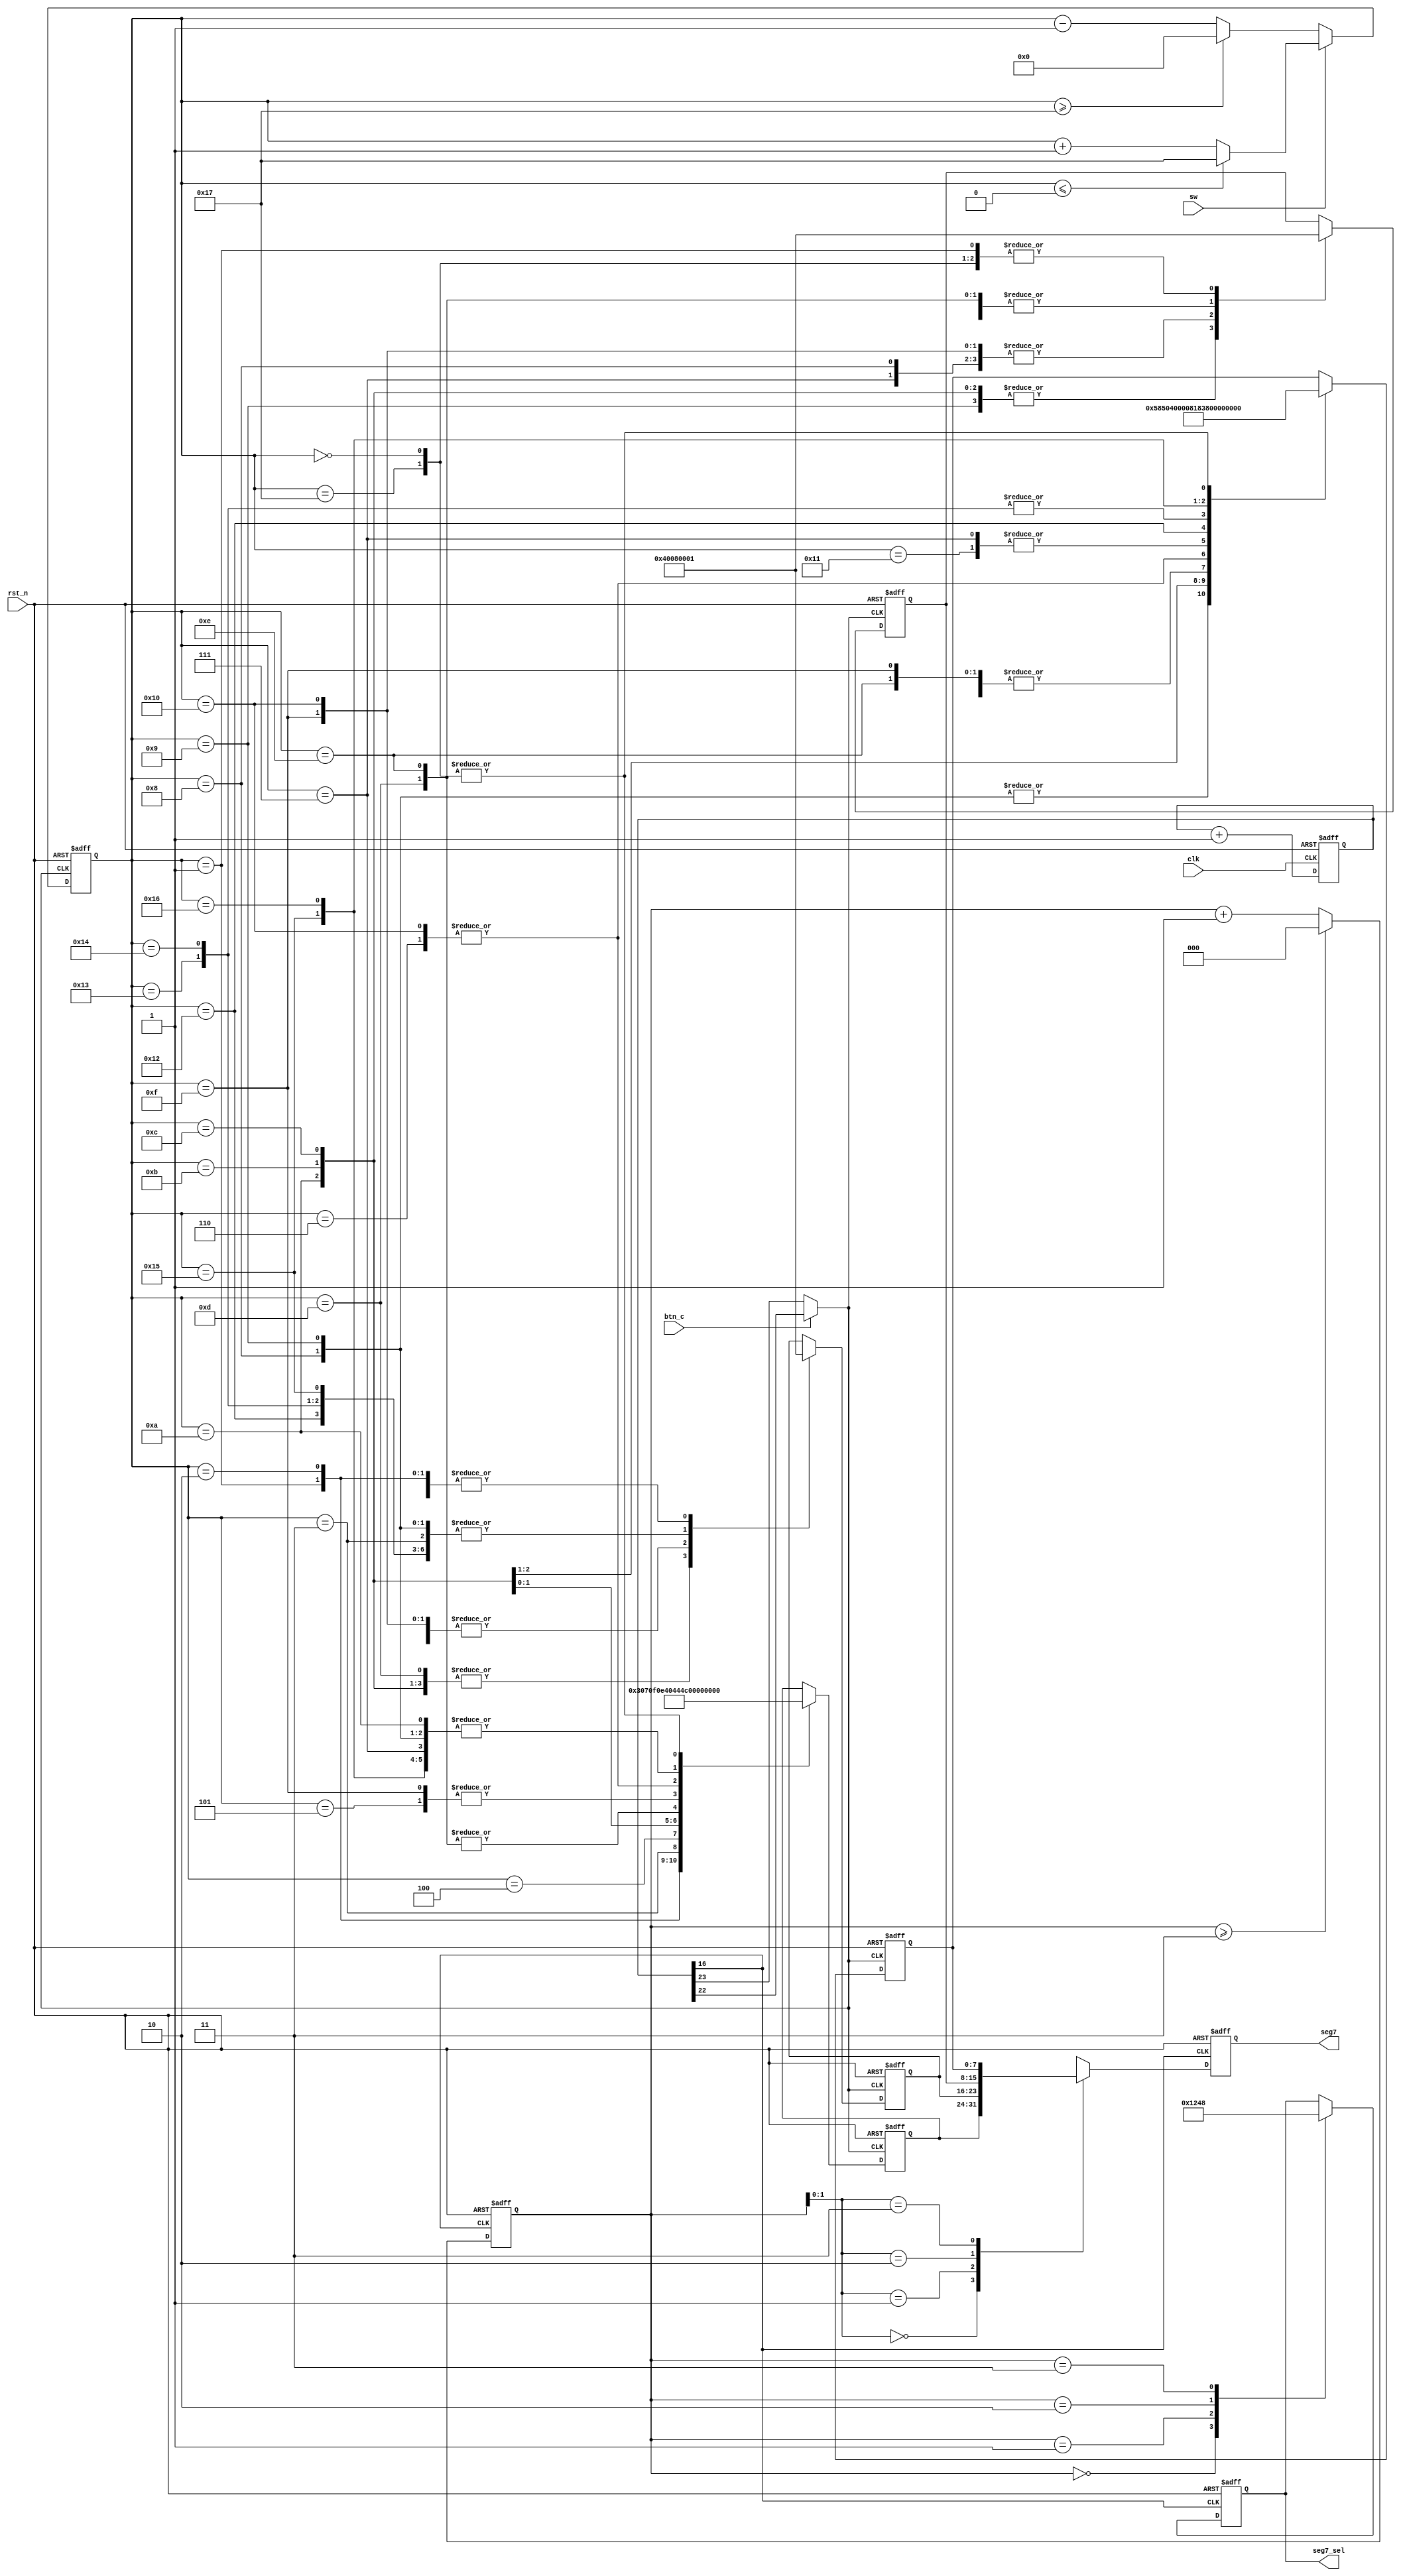
module snake(
    input clk,
    input rst_n,
    input sw,
    input btn_c,
    output [3:0] seg7_sel,
    output [7:0] seg7
);


reg [3:0] seg7_sel;
reg [7:0] seg7;
reg [7:0] seg7_temp [0:3];
reg [24:0] count;
reg [4:0] seg7_count; 
reg [2:0] s_count; 

wire d_clk;   
wire s_clk; 
	
always@(posedge clk or negedge rst_n) 
begin
	if(!rst_n)
		count <= 0;
	else
		count <= count + 1;
end
	
assign d_clk = btn_c ? count[22] :count[23];
assign s_clk = count[16];
	
always@(posedge d_clk or negedge rst_n) 
begin
	if(!rst_n)
	    seg7_count <= 0;
	else 
		begin
		    if(!sw) 
				begin 
					if(seg7_count >= 23)
						seg7_count <= 0;
					else
						seg7_count <=  seg7_count - 1;
				end
			else 
				begin 
					if(seg7_count <= 0)
						seg7_count <= 23;
					else
						seg7_count <=  seg7_count + 1;
				end
		end
end
	
always@(posedge d_clk or negedge rst_n) 
begin
    if(!rst_n) 
		begin
			seg7_temp[0] <= 8'b0000_0001;
			seg7_temp[1] <= 8'b0000_0001;
			seg7_temp[2] <= 8'b0000_0001;
			seg7_temp[3] <= 8'b0000_0001;
		end
	else 
		begin
		    case(seg7_count)
				0:
					begin 
						seg7_temp[3]=8'b0000_0001;
						seg7_temp[2]=8'b0000_0001;
						seg7_temp[1]=8'b0000_0001;
						seg7_temp[0]=8'b0000_0001;
					end
				1:
					begin 
						seg7_temp[3]=8'b0000_0000;
						seg7_temp[2]=8'b0000_0001;
						seg7_temp[1]=8'b0000_0001;
						seg7_temp[0]=8'b0000_0011;
					end
				2:
					begin 
						seg7_temp[3]=8'b0000_0000;
						seg7_temp[2]=8'b0000_0000;
						seg7_temp[1]=8'b0000_0001;
						seg7_temp[0]=8'b0000_0111;
					end
				3:
					begin 
						seg7_temp[3]=8'b0000_0000;
						seg7_temp[2]=8'b0000_0000;
						seg7_temp[1]=8'b0000_0000;
						seg7_temp[0]=8'b0000_1111;
					end
				4:
					begin 
						seg7_temp[3]=8'b0000_0000;
						seg7_temp[2]=8'b0000_0000;
						seg7_temp[1]=8'b0000_1000;
						seg7_temp[0]=8'b0000_1110;
					end
				5:
					begin 
						seg7_temp[3]=8'b0000_0000;
						seg7_temp[2]=8'b0000_1000;
						seg7_temp[1]=8'b0000_1000;
						seg7_temp[0]=8'b0000_1100;
					end
				6:
					begin 
						seg7_temp[3]=8'b0000_1000;
						seg7_temp[2]=8'b0000_1000;
						seg7_temp[1]=8'b0000_1000;
						seg7_temp[0]=8'b0000_1000;
					end
				7:
					begin 
						seg7_temp[3]=8'b0001_1000;
						seg7_temp[2]=8'b0000_1000;
						seg7_temp[1]=8'b0000_1000;
						seg7_temp[0]=8'b0000_0000;
					end
				8:
					begin 
						seg7_temp[3]=8'b0101_1000;
						seg7_temp[2]=8'b0000_1000;
						seg7_temp[1]=8'b0000_0000;
						seg7_temp[0]=8'b0000_0000;
					end
				9:
					begin 
						seg7_temp[3]=8'b0101_1000;
						seg7_temp[2]=8'b0100_0000;
						seg7_temp[1]=8'b0000_0000;
						seg7_temp[0]=8'b0000_0000;
					end
				10:
					begin 
						seg7_temp[3]=8'b0101_0000;
						seg7_temp[2]=8'b0100_0000;
						seg7_temp[1]=8'b0100_0000;
						seg7_temp[0]=8'b0000_0000;
					end
				11:
					begin 
						seg7_temp[3]=8'b0100_0000;
						seg7_temp[2]=8'b0100_0000;
						seg7_temp[1]=8'b0100_0000;
						seg7_temp[0]=8'b0100_0000;
					end
				12:
					begin 
						seg7_temp[3]=8'b0000_0000;
						seg7_temp[2]=8'b0100_0000;
						seg7_temp[1]=8'b0100_0000;
						seg7_temp[0]=8'b0100_0100;
					end
				13:
					begin 
						seg7_temp[3]=8'b0000_0000;
						seg7_temp[2]=8'b0000_0000;
						seg7_temp[1]=8'b0100_0000;
						seg7_temp[0]=8'b0100_1100;
					end
				14:
					begin 
						seg7_temp[3]=8'b0000_0000;
						seg7_temp[2]=8'b0000_0000;
						seg7_temp[1]=8'b0000_1000;
						seg7_temp[0]=8'b0100_1100;
					end
				15:
					begin 
						seg7_temp[3]=8'b0000_0000;
						seg7_temp[2]=8'b0000_1000;
						seg7_temp[1]=8'b0000_1000;
						seg7_temp[0]=8'b0000_1100;
					end
				16:
					begin 
						seg7_temp[3]=8'b0000_1000;
						seg7_temp[2]=8'b0000_1000;
						seg7_temp[1]=8'b0000_1000;
						seg7_temp[0]=8'b0000_1000;
					end
				17:
					begin 
						seg7_temp[3]=8'b0001_1000;
						seg7_temp[2]=8'b0000_1000;
						seg7_temp[1]=8'b0000_1000;
						seg7_temp[0]=8'b0000_0000;
					end
				18:
					begin 
						seg7_temp[3]=8'b0011_1000;
						seg7_temp[2]=8'b0000_1000;
						seg7_temp[1]=8'b0000_0000;
						seg7_temp[0]=8'b0000_0000;
					end
				19:
					begin 
						seg7_temp[3]=8'b0011_1001;
						seg7_temp[2]=8'b0000_0000;
						seg7_temp[1]=8'b0000_0000;
						seg7_temp[0]=8'b0000_0000;
					end
				20:
					begin 
						seg7_temp[3]=8'b0011_1001;
						seg7_temp[2]=8'b0000_0000;
						seg7_temp[1]=8'b0000_0000;
						seg7_temp[0]=8'b0000_0000;
					end
				21:
					begin 
						seg7_temp[3]=8'b0011_0001;
						seg7_temp[2]=8'b0000_0001;
						seg7_temp[1]=8'b0000_0000;
						seg7_temp[0]=8'b0000_0000;
					end
				22:
					begin 
						seg7_temp[3]=8'b0010_0001;
						seg7_temp[2]=8'b0000_0001;
						seg7_temp[1]=8'b0000_0001;
						seg7_temp[0]=8'b0000_0000;
					end
				23:
					begin 
						seg7_temp[3]=8'b0000_0001;
						seg7_temp[2]=8'b0000_0001;
						seg7_temp[1]=8'b0000_0001;
						seg7_temp[0]=8'b0000_0001;
					end
			endcase
		end
end
	
always@(posedge s_clk or negedge rst_n) 
	begin
	    if(!rst_n)
		    s_count <= 0;
		else 
			begin
				if(s_count>=3)
					s_count <= 0;
				else
					s_count <= s_count + 1;
			end
	end
	
	
always@(posedge s_clk or negedge rst_n) 
	begin
	    if(!rst_n) 
			begin
				seg7_sel <= 4'b1111;
				seg7 <= 8'b0000_0001;
			end
		else 
			begin
				case(s_count)
					0:seg7_sel <= 4'b0001;
					1:seg7_sel <= 4'b0010;
					2:seg7_sel <= 4'b0100;
					3:seg7_sel <= 4'b1000;
				endcase
				
			seg7 <= seg7_temp[s_count];
			end
    end
	
endmodule